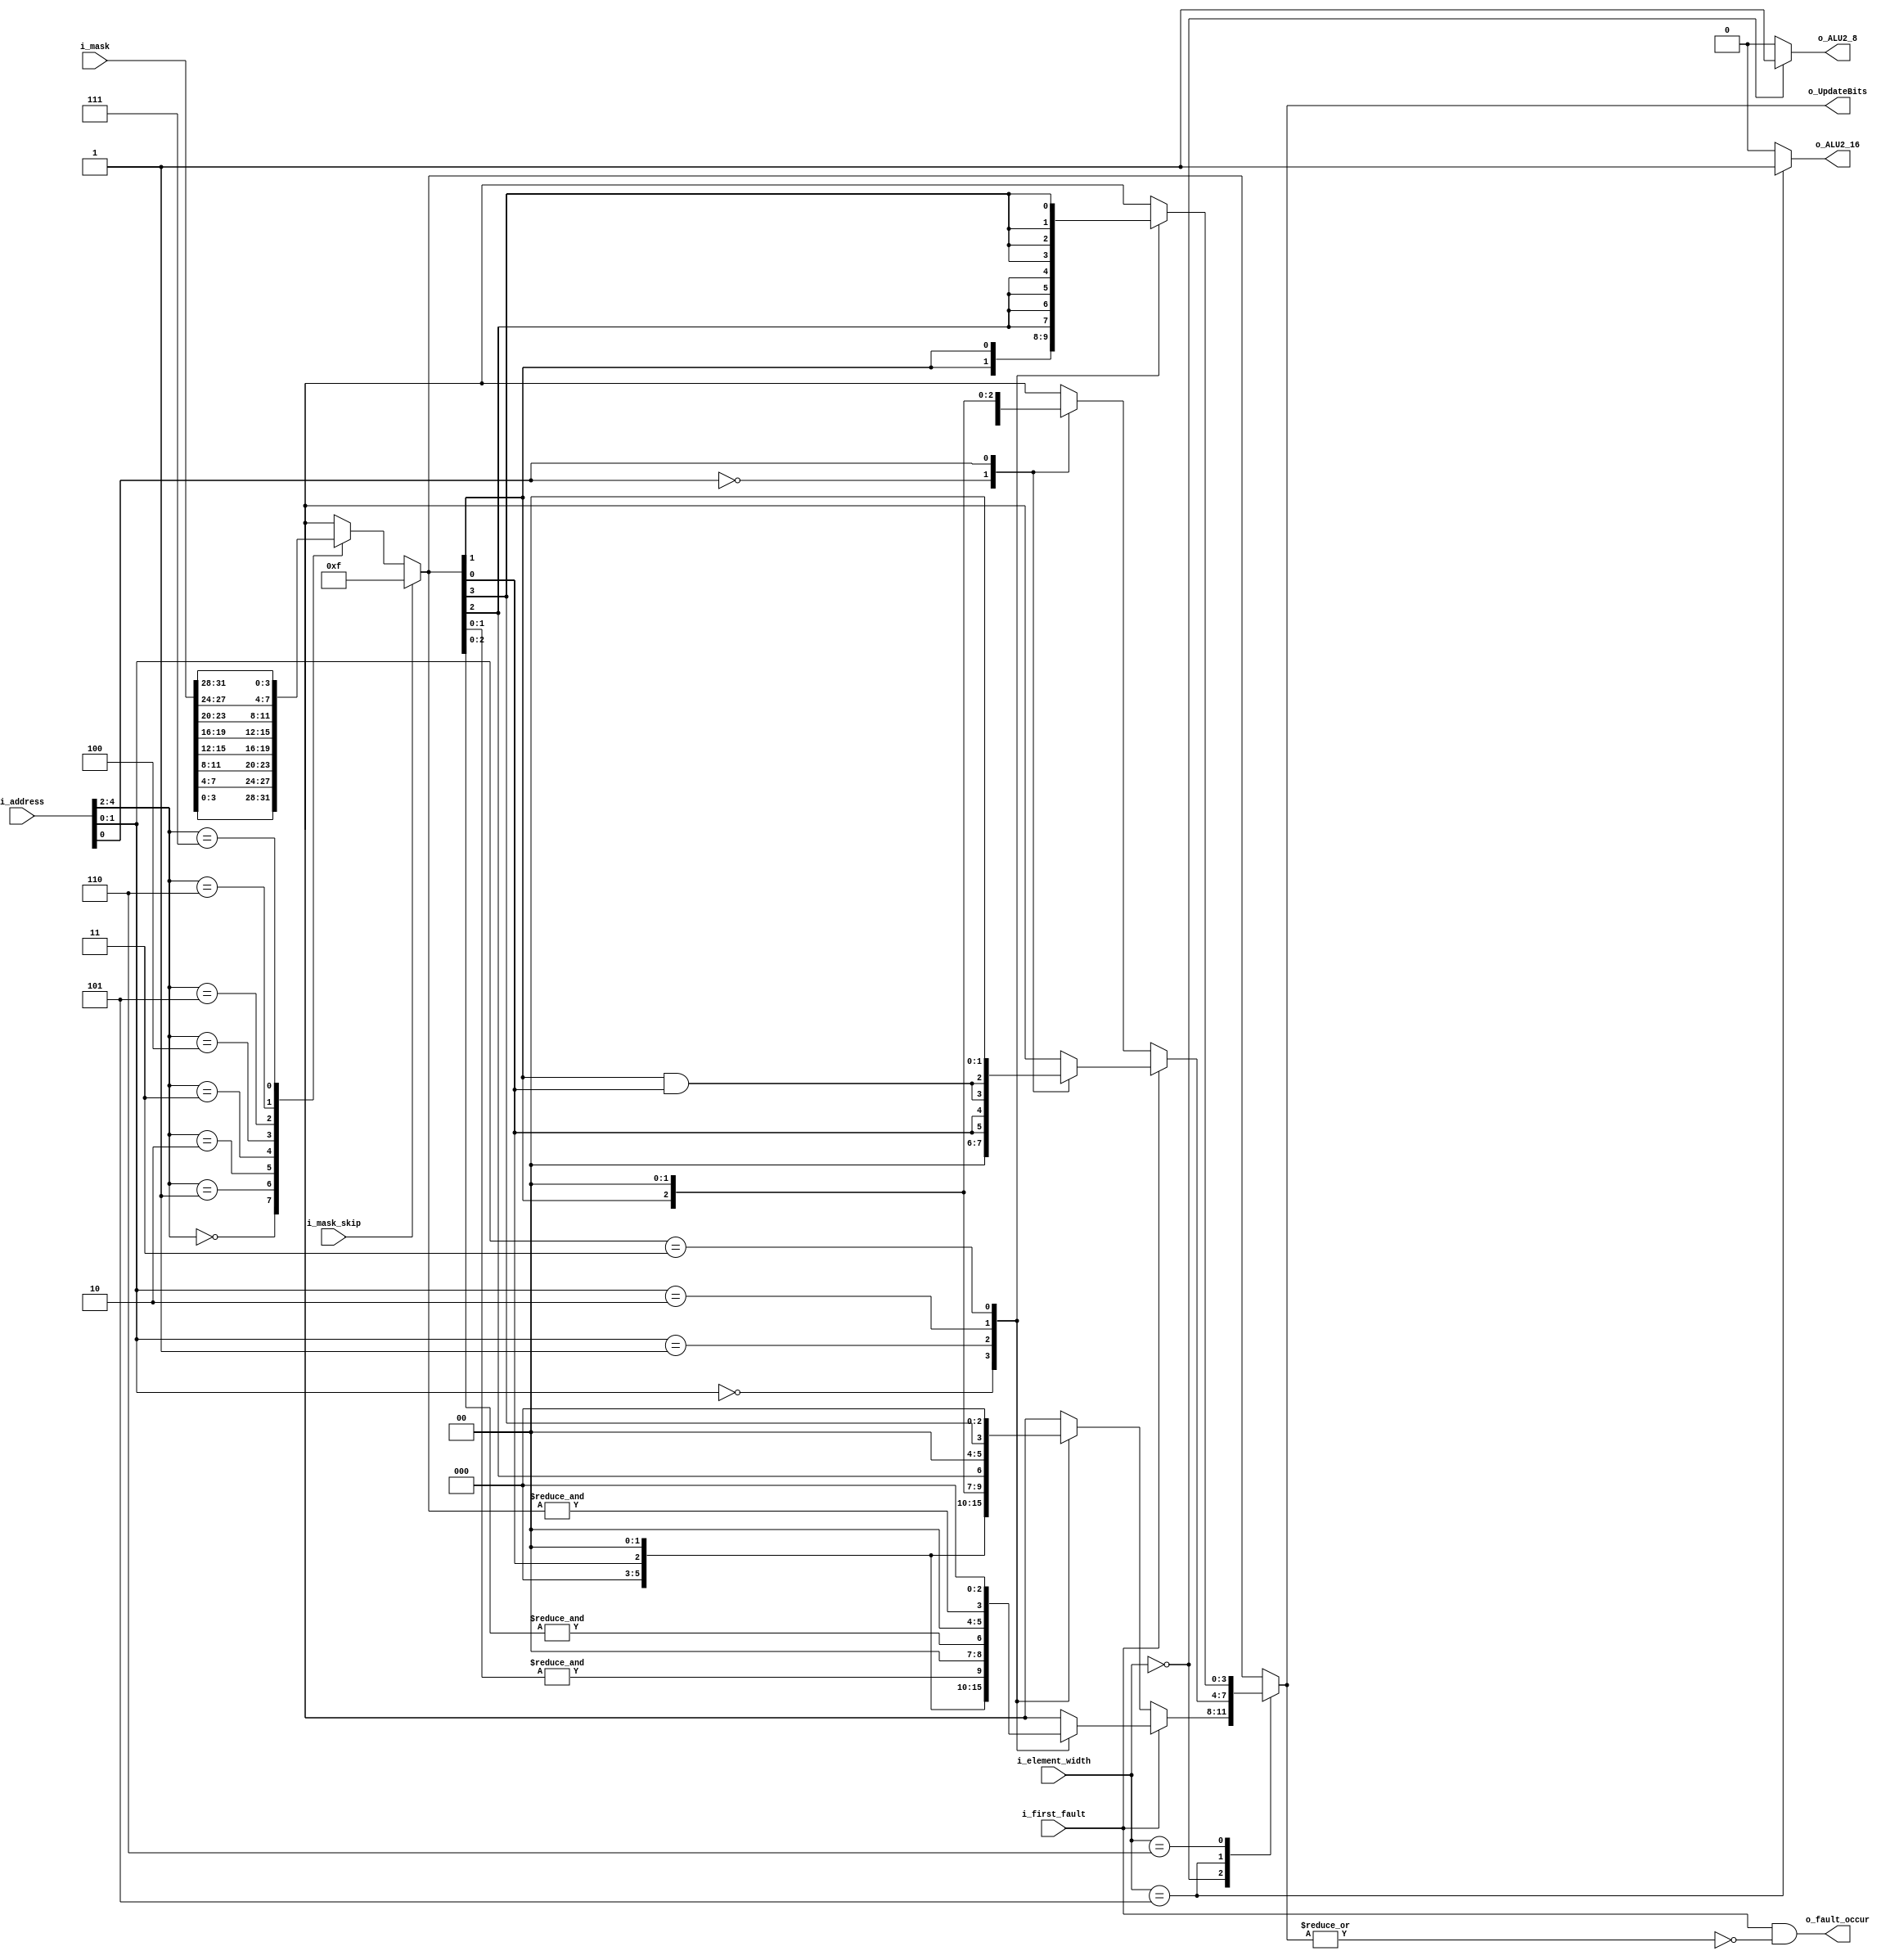
module vector_mask_decoder#(
    parameter VLEN = 256
)(
 input wire [VLEN-1:0] i_mask,
 input wire            i_first_fault,
 input wire            i_mask_skip,
 output reg            o_fault_occur,
 output reg [3:0] o_UpdateBits,
 input wire [2:0] i_element_width,
 input wire [$clog2(VLEN)-1:0] i_address,
 output reg o_ALU2_16,
 output reg o_ALU2_8

);

reg [$clog2(VLEN)-1:0] effective_address = i_address;
reg [3:0] effective_UpdateBits_1;
reg [31:0] effective_UpdateBits_0;

    always @(effective_UpdateBits_0 or effective_address[3:2] or i_mask_skip or i_mask[15:0]) begin
        if(i_mask_skip) effective_UpdateBits_1 = 4'b1111;
        else
            case(effective_address[4:2])
                3'b000: effective_UpdateBits_1 = i_mask[3:0];
                3'b001: effective_UpdateBits_1 = i_mask[7:4];
                3'b010: effective_UpdateBits_1 = i_mask[11:8];
                3'b011: effective_UpdateBits_1 = i_mask[15:12];
                3'b100: effective_UpdateBits_1 = i_mask[19:16];
                3'b101: effective_UpdateBits_1 = i_mask[23:20];
                3'b110: effective_UpdateBits_1 = i_mask[27:24];
                3'b111: effective_UpdateBits_1 = i_mask[31:28];
                default: effective_UpdateBits_1 = i_mask[3:0];
            endcase
    end
    
always @(effective_UpdateBits_1 or effective_address[1:0] or i_element_width or i_first_fault) begin
    o_ALU2_16 = 1'b0;
    o_ALU2_8 = 1'b0;
    case (i_element_width) 
        3'b000:  begin
                    if(i_first_fault) begin
                        case(effective_address[1:0])
                            2'b00:o_UpdateBits = {3'd0, effective_UpdateBits_1[0]};
                            2'b01:o_UpdateBits = {2'd0, &effective_UpdateBits_1[1:0], 1'b0};
                            2'b10:o_UpdateBits = {1'd0, &effective_UpdateBits_1[2:0], 2'b0};
                            2'b11:o_UpdateBits = {&effective_UpdateBits_1[3:0], 3'b0};
                        endcase
                    end
                    else begin
                        case(effective_address[1:0])
                            2'b00:o_UpdateBits = {3'd0, effective_UpdateBits_1[0]};
                            2'b01:o_UpdateBits = {2'd0, effective_UpdateBits_1[1], 1'b0};
                            2'b10:o_UpdateBits = {1'd0,effective_UpdateBits_1[2], 2'b0};
                            2'b11:o_UpdateBits = {effective_UpdateBits_1[3], 3'b0};
                        endcase
                    end
                    o_ALU2_8 = 1'b1;
                end
        3'b101: begin
            if(i_first_fault) begin
                case (effective_address[0])
                    1'b0: o_UpdateBits = {2'd0, {2{effective_UpdateBits_1[0]}}};
                    1'b1: o_UpdateBits = {{2{effective_UpdateBits_1[1]&effective_UpdateBits_1[0]}}, 2'd0};
                endcase
            end
            else begin
                case (effective_address[0])
                    1'b0: o_UpdateBits = {2'd0, {2{effective_UpdateBits_1[0]}}};
                    1'b1: o_UpdateBits = {{2{effective_UpdateBits_1[1]}}, 2'd0};
                endcase
            end
            o_ALU2_16 = 1'b1;
        end
        3'b110: begin
            case (effective_address[1:0])
                2'b00: o_UpdateBits = {4{effective_UpdateBits_1[0]}};
                2'b01: o_UpdateBits = {4{effective_UpdateBits_1[1]}};
                2'b10: o_UpdateBits = {4{effective_UpdateBits_1[2]}};
                2'b11: o_UpdateBits = {4{effective_UpdateBits_1[3]}};
            endcase
        end
        default: begin
            o_UpdateBits = effective_UpdateBits_1;
        end

    endcase
    o_fault_occur = i_first_fault&(~|o_UpdateBits);
end

endmodule